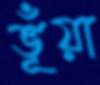
ভূঁয়া